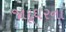
જાદૂઘરના